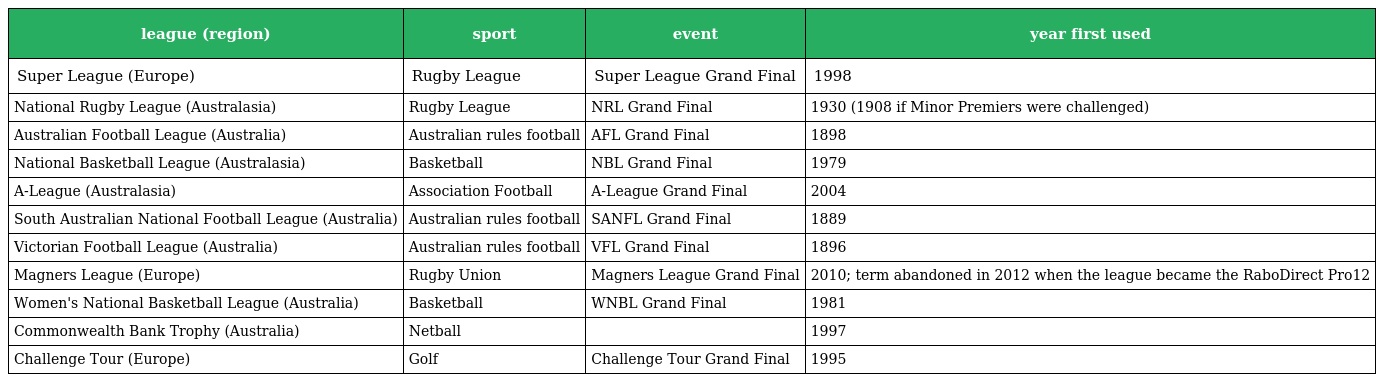
| league (region) | sport | event | year first used |
 | --- | --- | --- | --- |
 | Super League (Europe) | Rugby League | Super League Grand Final | 1998 |
 | National Rugby League (Australasia) | Rugby League | NRL Grand Final | 1930 (1908 if Minor Premiers were challenged) |
 | Australian Football League (Australia) | Australian rules football | AFL Grand Final | 1898 |
 | National Basketball League (Australasia) | Basketball | NBL Grand Final | 1979 |
 | A-League (Australasia) | Association Football | A-League Grand Final | 2004 |
 | South Australian National Football League (Australia) | Australian rules football | SANFL Grand Final | 1889 |
 | Victorian Football League (Australia) | Australian rules football | VFL Grand Final | 1896 |
 | Magners League (Europe) | Rugby Union | Magners League Grand Final | 2010; term abandoned in 2012 when the league became the RaboDirect Pro12 |
 | Women's National Basketball League (Australia) | Basketball | WNBL Grand Final | 1981 |
 | Commonwealth Bank Trophy (Australia) | Netball |  | 1997 |
 | Challenge Tour (Europe) | Golf | Challenge Tour Grand Final | 1995 |